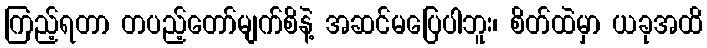
ကြည့်ရတာ တပည့်တော်မျက်စိနဲ့ အဆင်မပြေပါဘူး၊ စိတ်ထဲမှာ ယခုအထိ